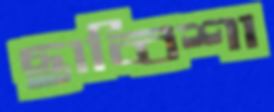
ছাব্বিশা